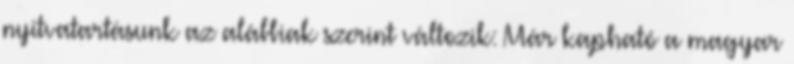
nyitvatartásunk az alábbiak szerint változik: Már kapható a magyar